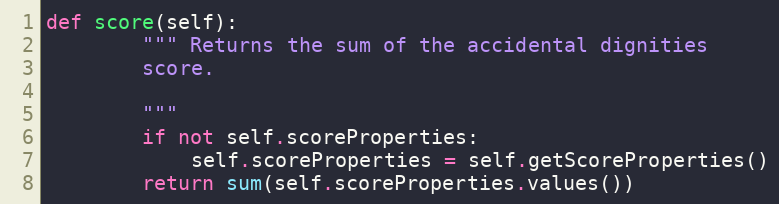
Language: Python
def score(self):
        """ Returns the sum of the accidental dignities
        score.

        """
        if not self.scoreProperties:
            self.scoreProperties = self.getScoreProperties()
        return sum(self.scoreProperties.values())